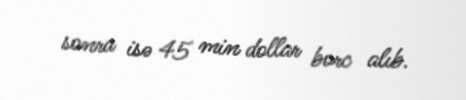
sonra isə 45 min dollar borc alıb.